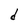
Character: d